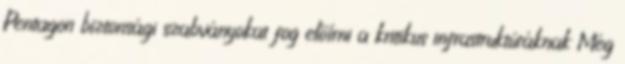
Pentagon biztonsági szabványokat fog előírni a kritikus infrastruktúráknak Még